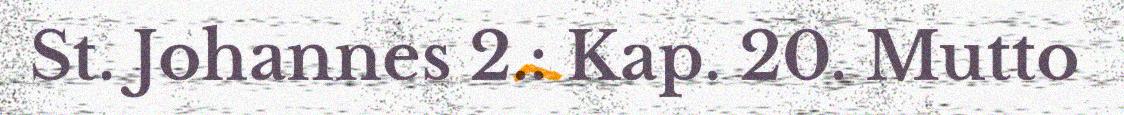
St. Johannes 2.: Kap. 20. Mutto